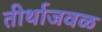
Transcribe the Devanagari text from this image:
तीर्थाजवळ